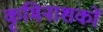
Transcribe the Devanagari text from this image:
कृमिनाशकों